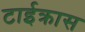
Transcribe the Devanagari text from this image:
टाईक्रास